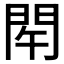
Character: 𨳰